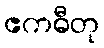
ဧကဓီတု